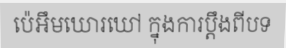
ប៉េអឹមឃោរឃៅ ក្នុងការប្តឹងពីបទ